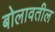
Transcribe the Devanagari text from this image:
बोलावतील